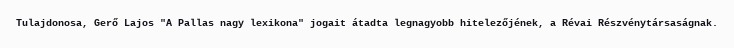
Tulajdonosa, Gerő Lajos "A Pallas nagy lexikona" jogait átadta legnagyobb hitelezőjének, a Révai Részvénytársaságnak.